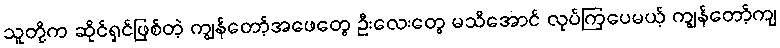
သူတို့က ဆိုင်ရှင်ဖြစ်တဲ့ ကျွန်တော့်အဖေတွေ ဦးလေးတွေ မသိအောင် လုပ်ကြပေမယ့် ကျွန်တော့်ကျ